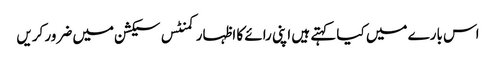
اس بارے میں کیا کہتے ہیں اپنی رائے کا اظہار کمنٹس سیکشن میں ضرور کریں